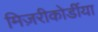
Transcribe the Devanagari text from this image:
मिज़रीकोर्डीया